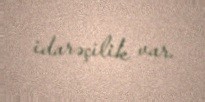
idarəçilik var.